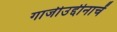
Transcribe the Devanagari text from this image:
गाजीउद्दीनाचें